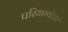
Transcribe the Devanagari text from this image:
परियाम्योत्तर